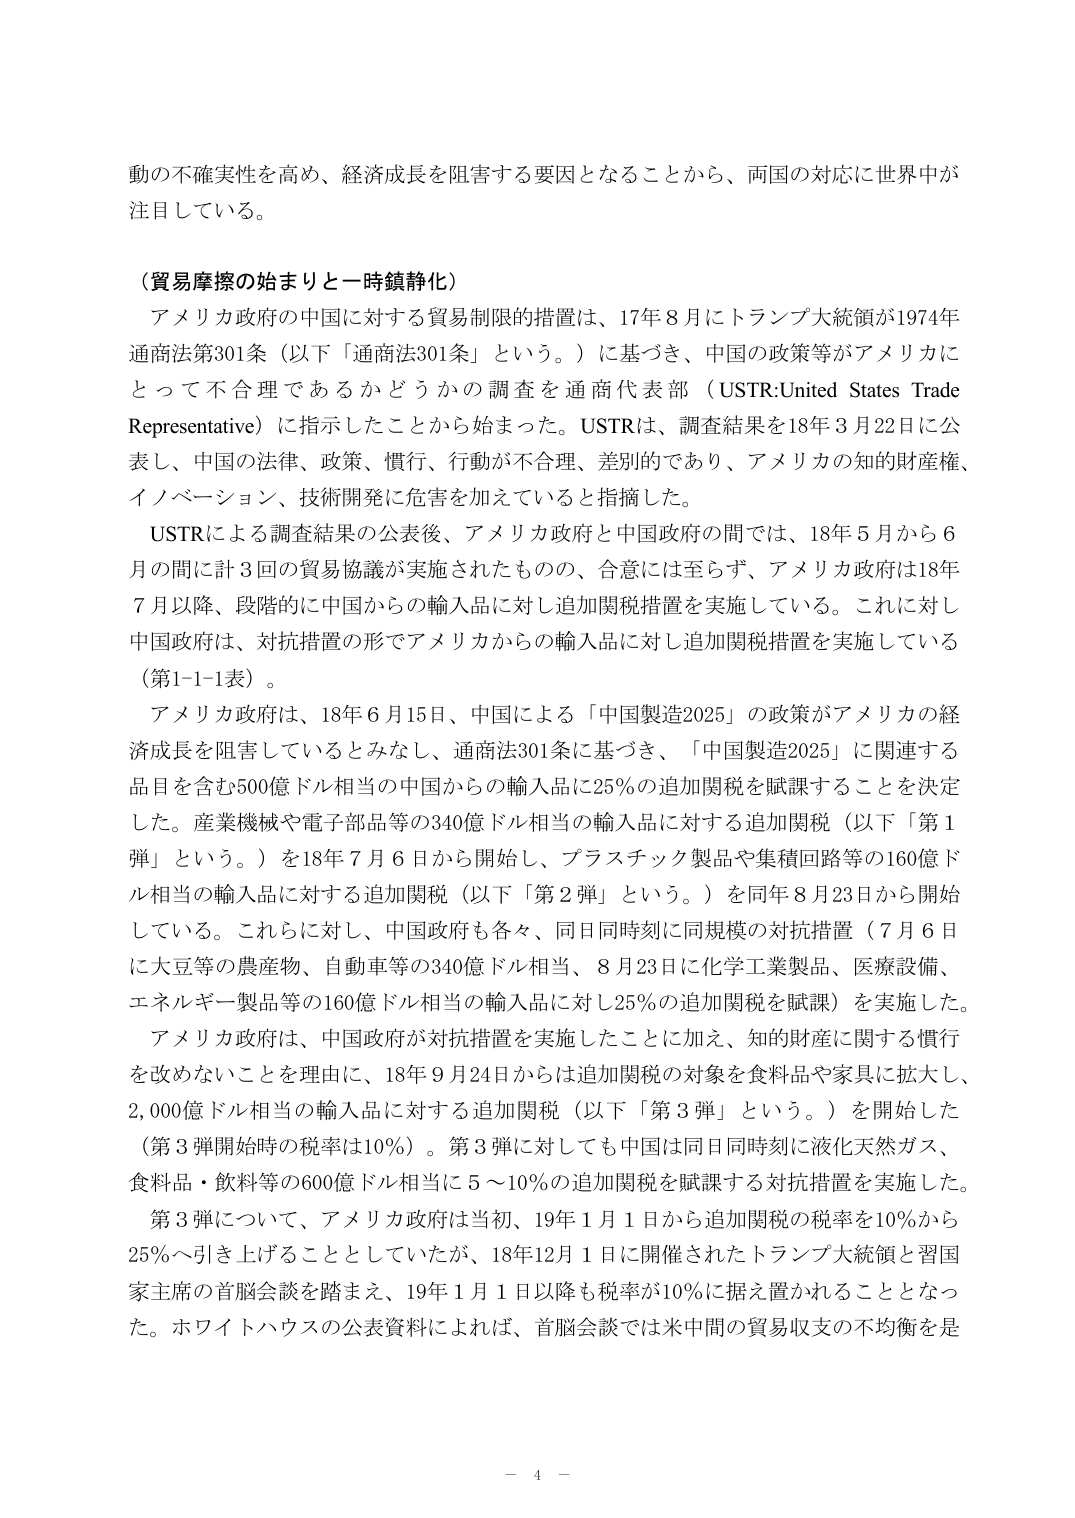
動の不確実性を高め、経済成長を阻害する要因となることから、両国の対応に世界中が注目している。

（貿易摩擦の始まりと一時鎮静化）
アメリカ政府の中国に対する貿易制限的措置は、17年8月にトランプ大統領が1974年通商法第301条（以下「通商法301条」という。）に基づき、中国の政策等がアメリカにとって不合理であるかどうかの調査を通商代表部（USTR:United States Trade Representative）に指示したことから始まった。USTRは、調査結果を18年3月22日に公表し、中国の法律、政策、慣行、行動が不合理、差別的であり、アメリカの知的財産権、イノベーション、技術開発に危害を加えていると指摘した。

USTRによる調査結果の公表後、アメリカ政府と中国政府の間では、18年5月から6月の間に計3回の貿易協議が実施されたものの、合意には至らず、アメリカ政府は18年7月以降、段階的に中国からの輸入品に対し追加関税措置を実施している。これに対し中国政府は、対抗措置の形でアメリカからの輸入品に対し追加関税措置を実施している（第1-1-1表）。

アメリカ政府は、18年6月15日、中国による「中国製造2025」の政策がアメリカの経済成長を阻害しているとみなし、通商法301条に基づき、「中国製造2025」に関連する品目を含む500億ドル相当の中国からの輸入品に25％の追加関税を賦課することを決定した。産業機械や電子部品等の340億ドル相当の輸入品に対する追加関税（以下「第1弾」という。）を18年7月6日から開始し、プラスチック製品や集積回路等の160億ドル相当の輸入品に対する追加関税（以下「第2弾」という。）を同年8月23日から開始している。これらに対し、中国政府も各々、同日同時刻に同規模の対抗措置（7月6日に大豆等の農産物、自動車等の340億ドル相当、8月23日に化学工業製品、医療設備、エネルギー製品等の160億ドル相当の輸入品に対し25％の追加関税を賦課）を実施した。

アメリカ政府は、中国政府が対抗措置を実施したことになえ、知的財産に関する慣行を改めないことを理由に、18年9月24日からは追加関税の対象を食料品や家具に拡大し、2,000億ドル相当の輸入品に対する追加関税（以下「第3弾」という。）を開始した（第3弾開始時の税率は10％）。第3弾に対しても中国は同日同時刻に液化天然ガス、食料品・飲料等の600億ドル相当に5～10％の追加関税を賦課する対抗措置を実施した。

第3弾について、アメリカ政府は当初、19年1月1日から追加関税の税率を10％から25％へ引き上げることとしていたが、18年12月1日に開催されたトランプ大統領と習国家主席の首脳会談を踏まえ、19年1月1日以降も税率が10％に据え置かれることとなった。ホワイトハウスの公表資料によれば、首脳会談では米中間の貿易収支の不均衡を是

－ 4 －